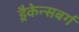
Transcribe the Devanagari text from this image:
ड्रैकेन्सबर्ग